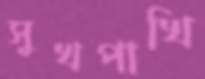
সুখপাখি